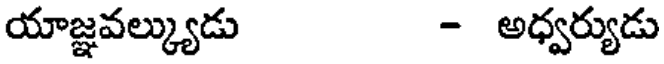
యాజ్ఞవల్క్యుడు - అధ్వర్యుడు